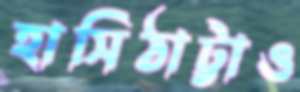
হাসিঠাট্টাও